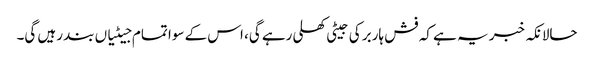
حالانکہ خبر یہ ہے کہ فش ہاربر کی جیٹی کھلی رہے گی، اس کے سوا تمام جیٹیاں بند رہیں گی۔